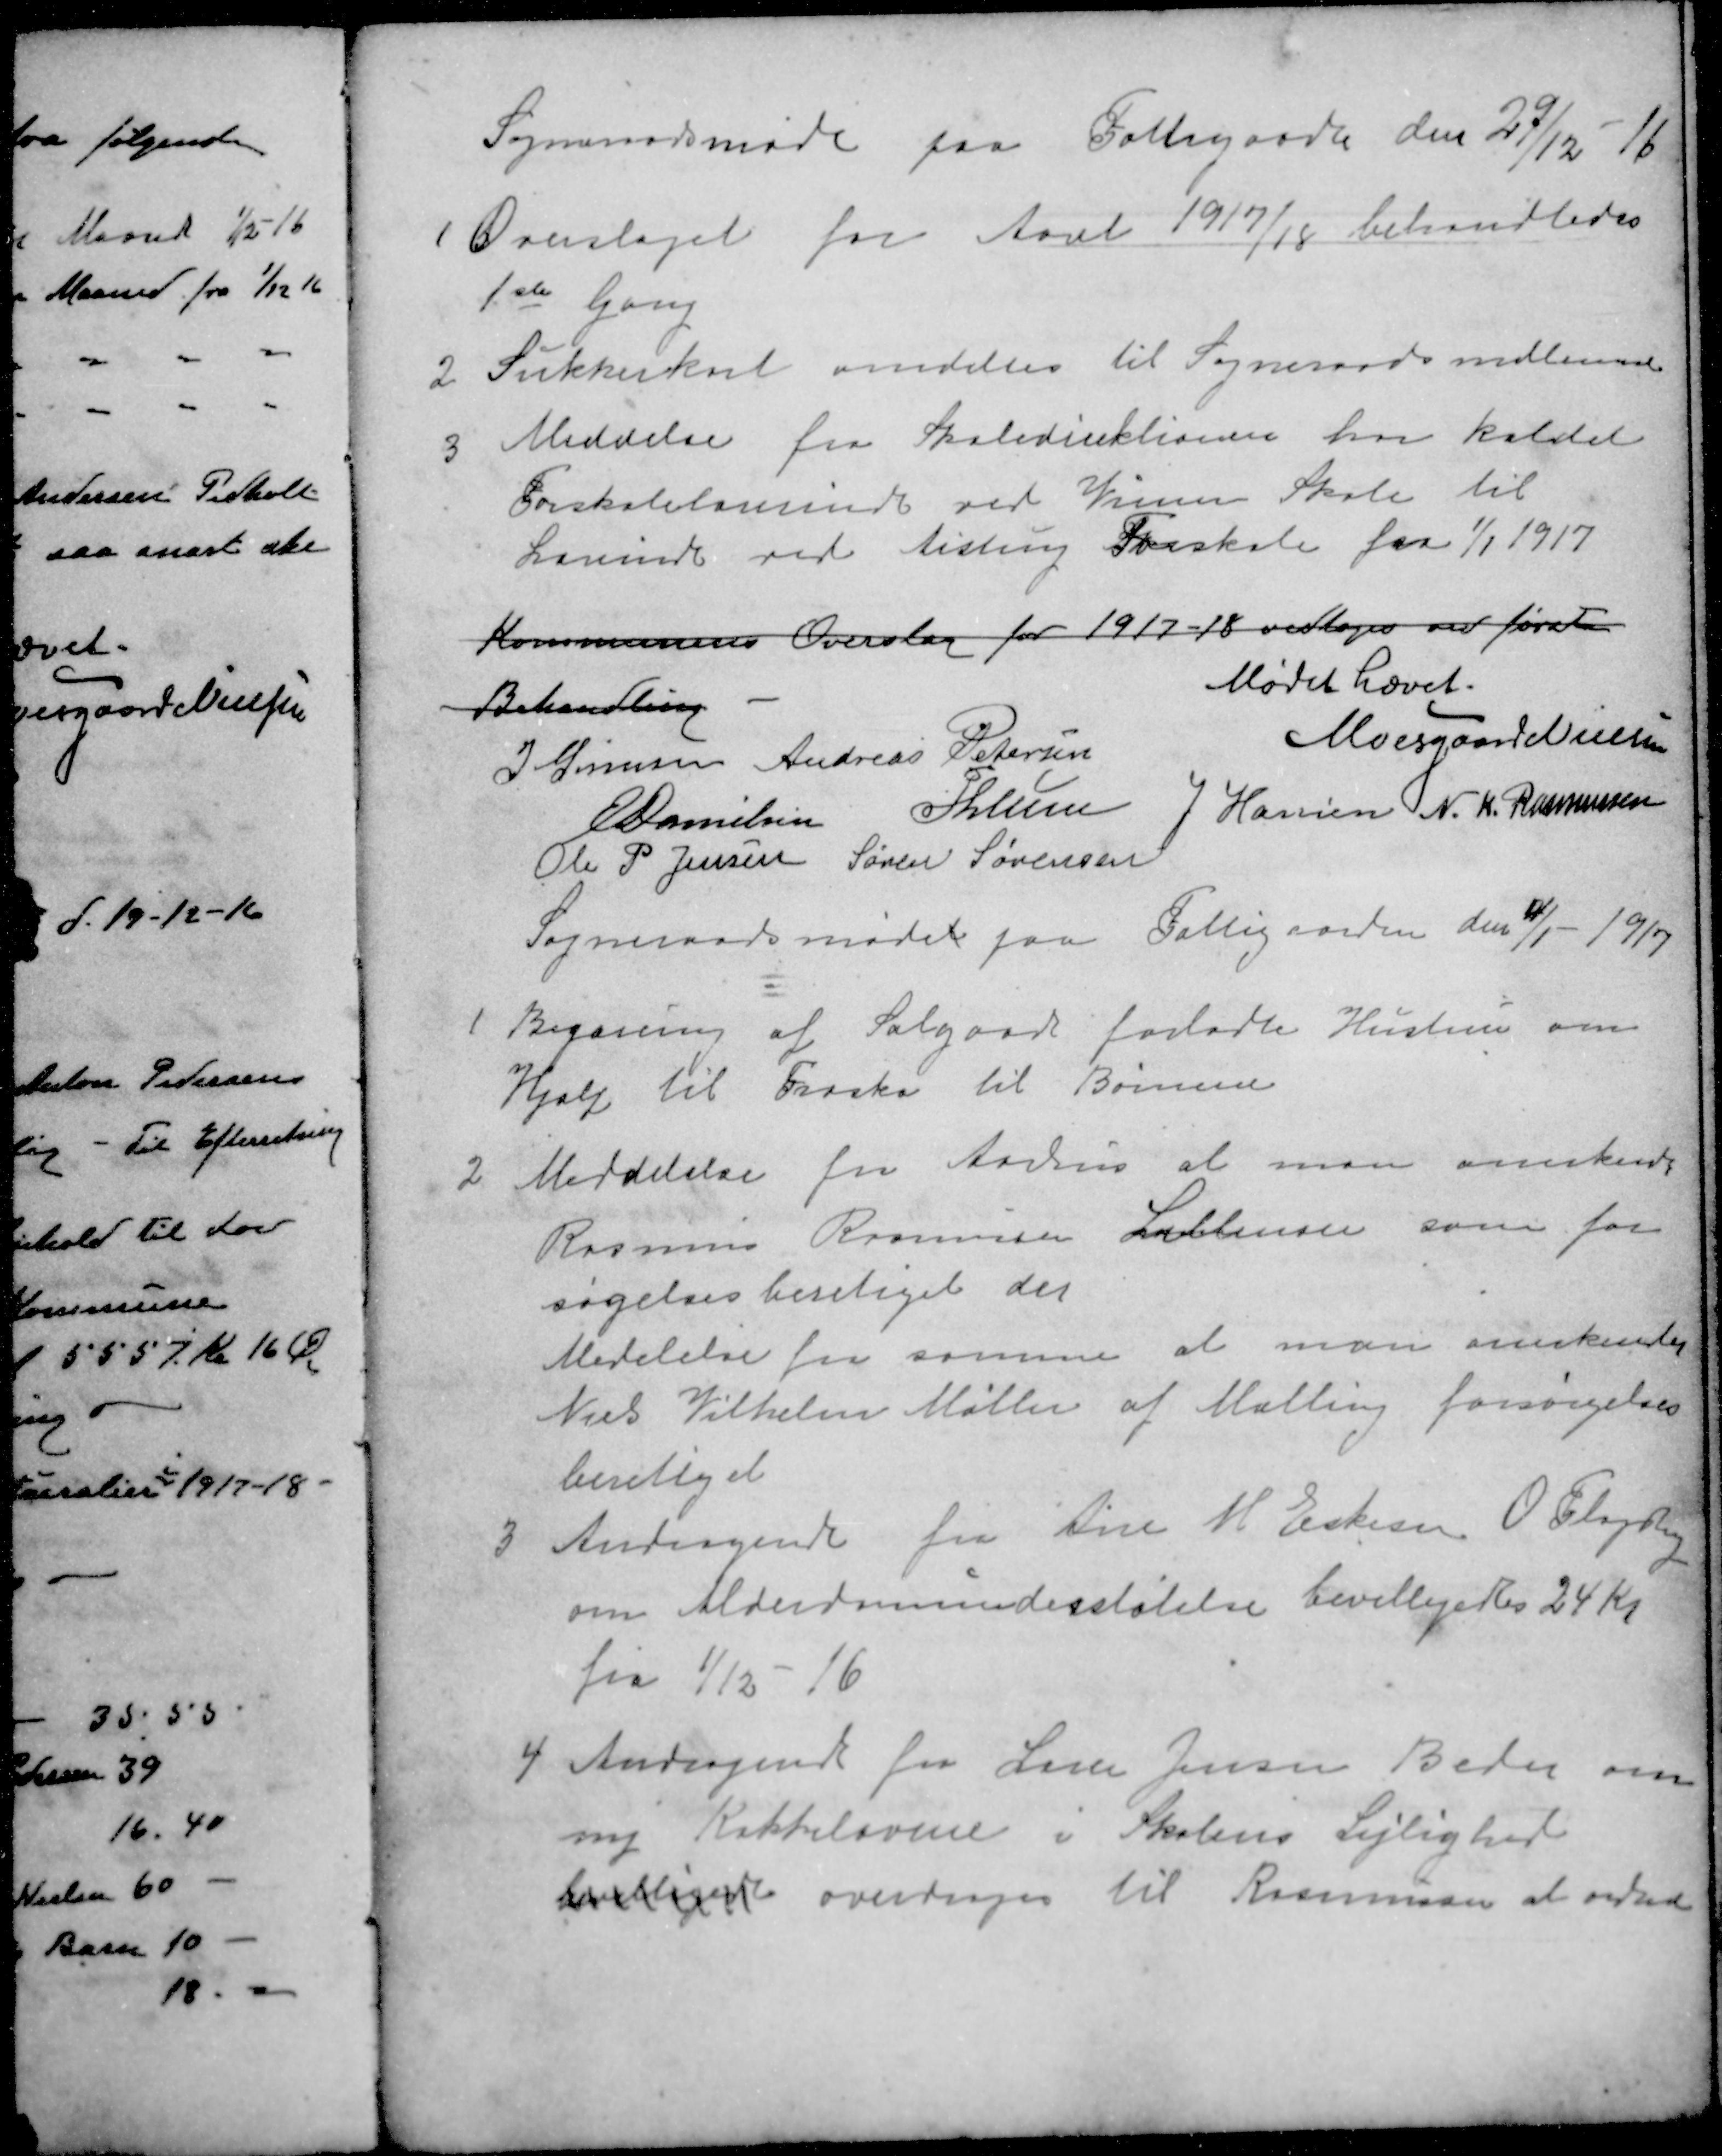
Transskription:
Sogneraadsmøde paa Fattigaad den 27/12 - 16
Overslaget for Aaret 1917/18 behandledes
1ste Gang
2 Sukkerkort omdeltes til Sogneraadsmedlemmer
3 Meddelse fra Skoledirektionen har kaldet
Forskolelærerinde ved Vium Skole til
Lærinde ved Aistrup Forskole fra 1/1 1917
Kommunens Overslag for 1917 – 18 vedtoges ved først
Behandling
Mødet hævet.
J. Sørensen
Andreas Petersen
Moesgaard Nielsen
E Danielsen
P Lunn
J Hansen
N. K. Rasmussen
Ole P Jensen
Søren Sørensen
Sogneraadsmødet paa Fattigaarden den 4/1 - 1917
Begæring af Salgaards forladte Hustru om
Hjælp til Træsko til Børnene
2. Meddelelse fra Aarhus at man anerkender
Rasmus Rasmussen Lillenor som for-
søgelsesberetiget der 
Medelelse fra samme at man anerkender
Niels Vilhelm Møller af Malling forsørgelses-
berettiget
3 Andragende fra Ane H. Eskesen O. Fløjstrup
om Alderdomsunderstøtelse bevilligedes 24 Kr.
fra 1/12 - 16
4 Andragende fra Lærer Jensen Beder om
ny Kakkelovene i Skolens Lejlighed
bevilligede overdroges til Rasmussen at ordne